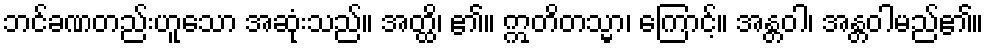
ဘင်ခဏတည်းဟူသော အဆုံးသည်။ အတ္ထိ၊ ၏။ ဣတိတသ္မာ၊ ကြောင့်။ အန္တဝါ၊ အန္တဝါမည်၏။